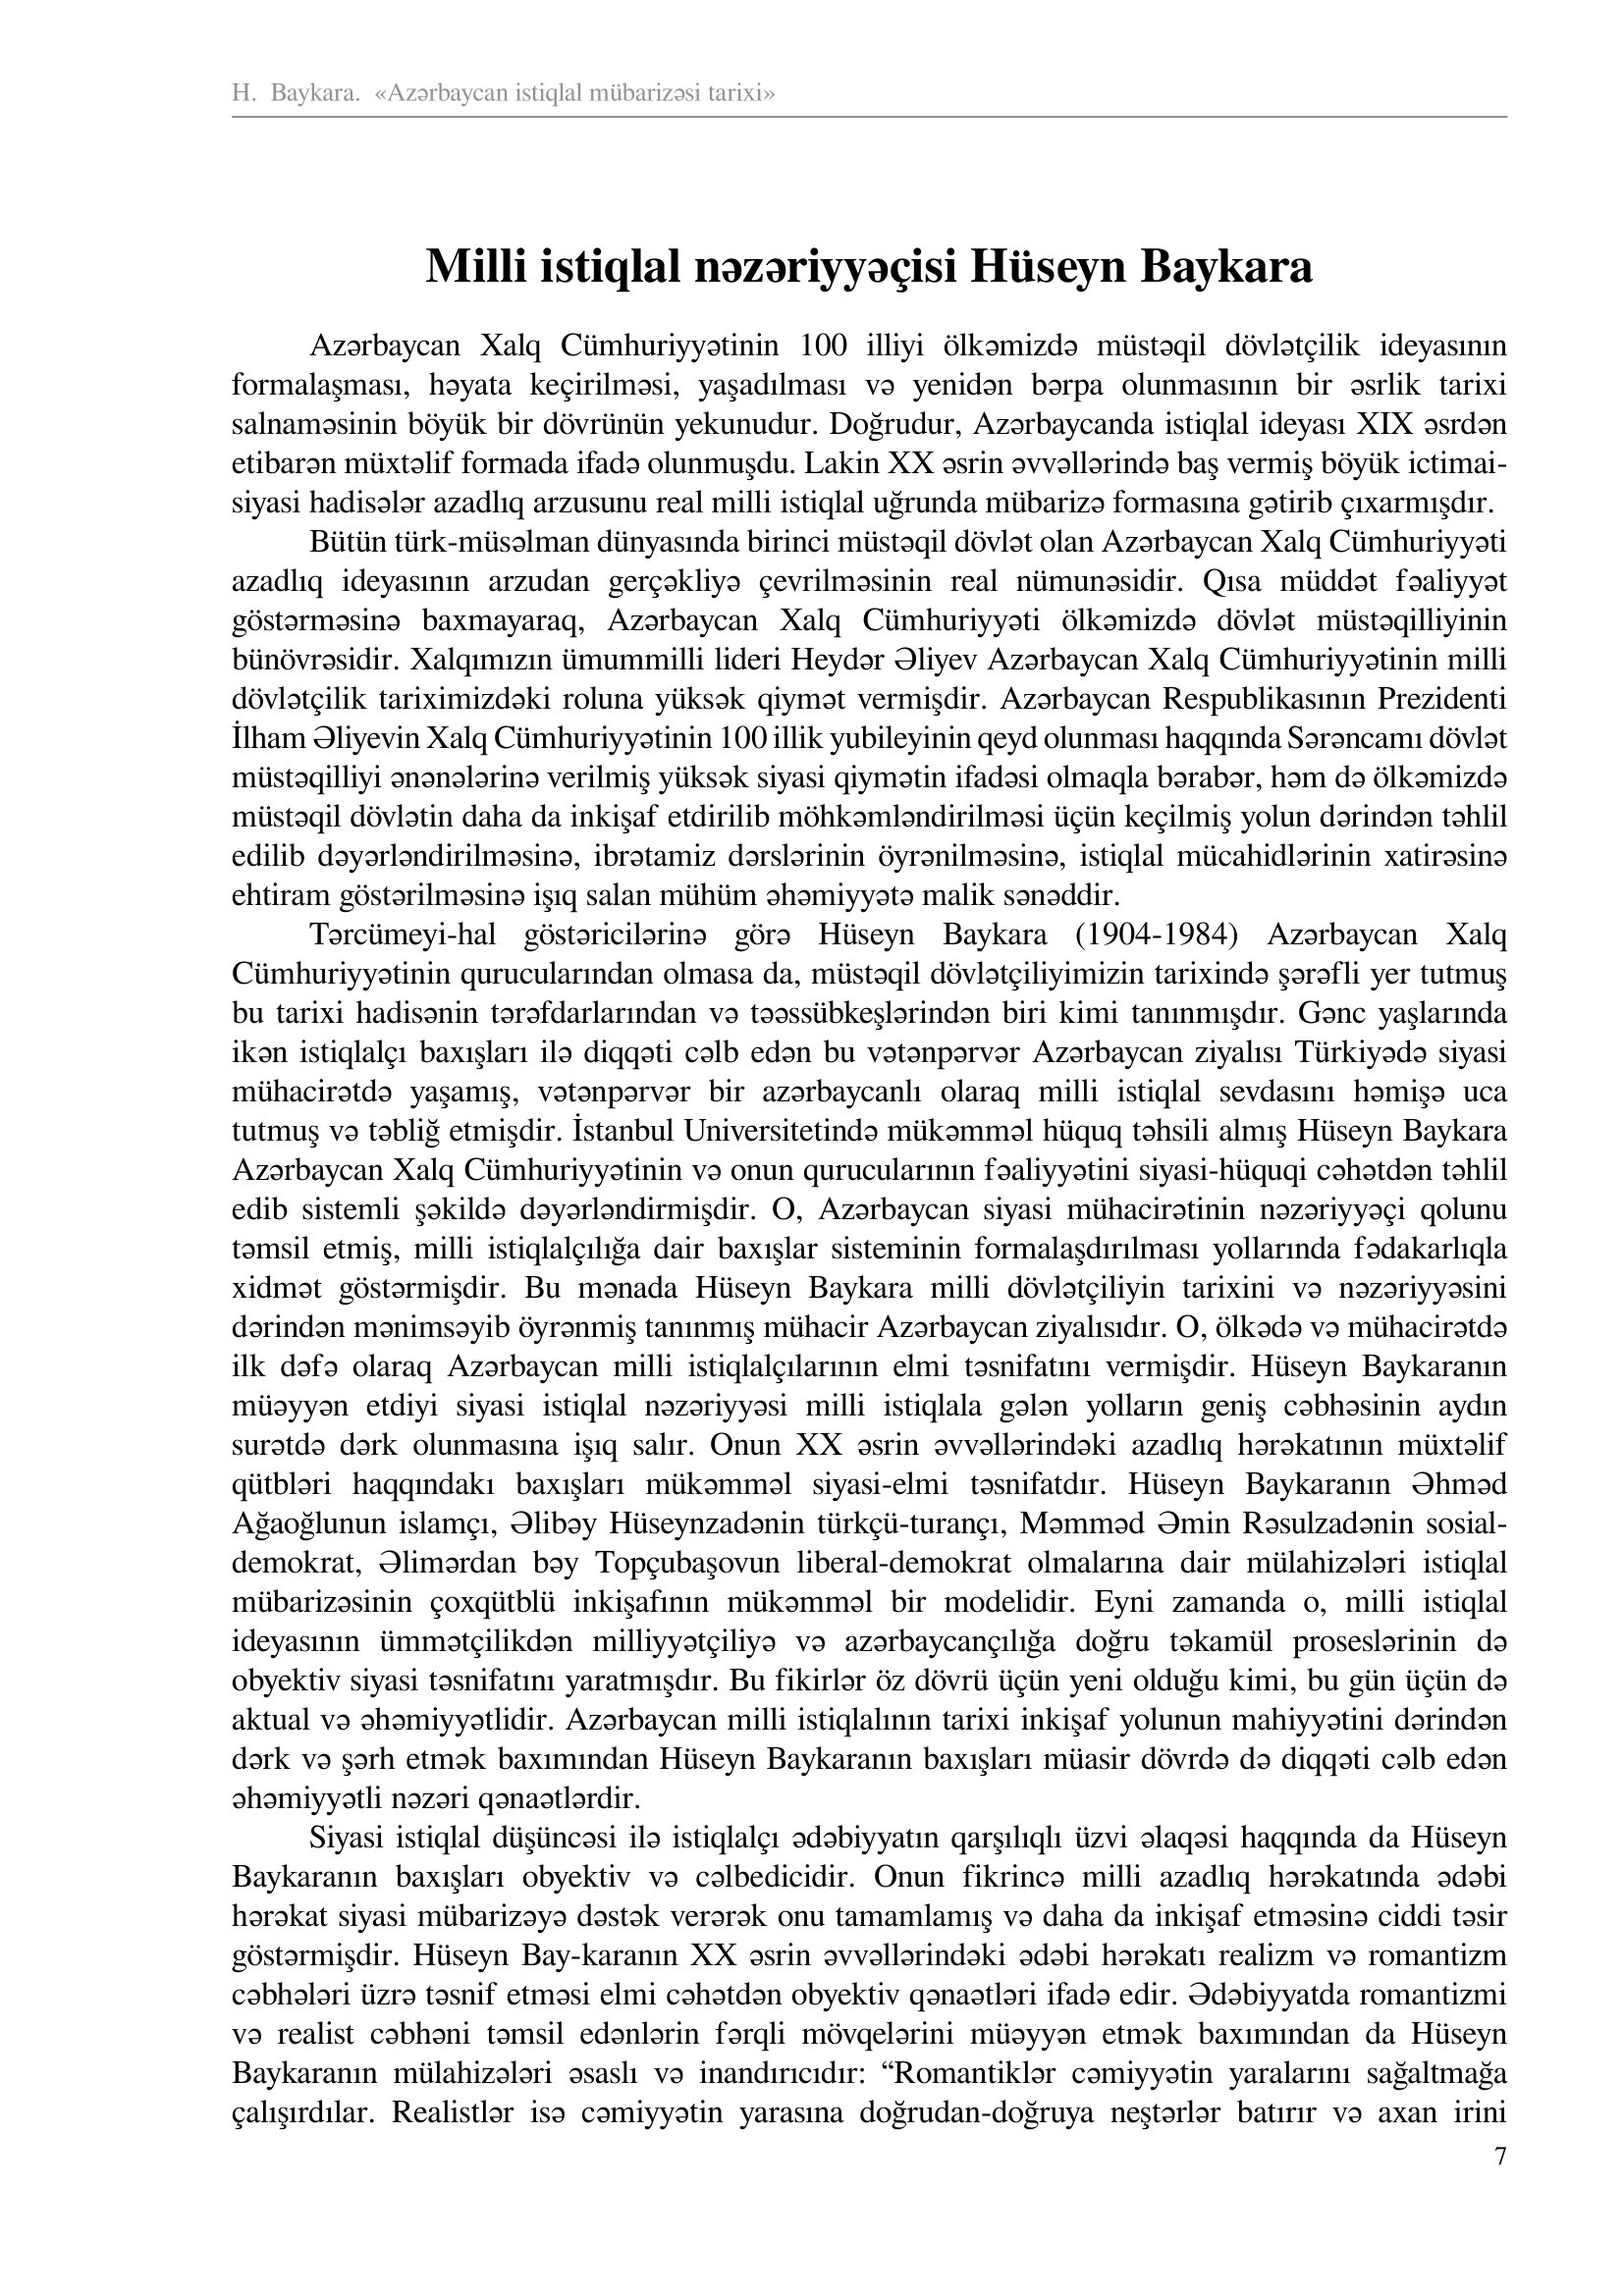
Language: az